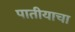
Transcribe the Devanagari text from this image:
पातीयाचा